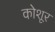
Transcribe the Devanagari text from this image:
कोशूर